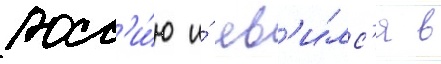
росс'и́ю и́ яв'и́лс'я в